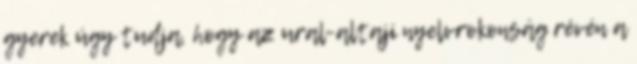
gyerek úgy tudja, hogy az ural-altaji nyelvrokonság révén a